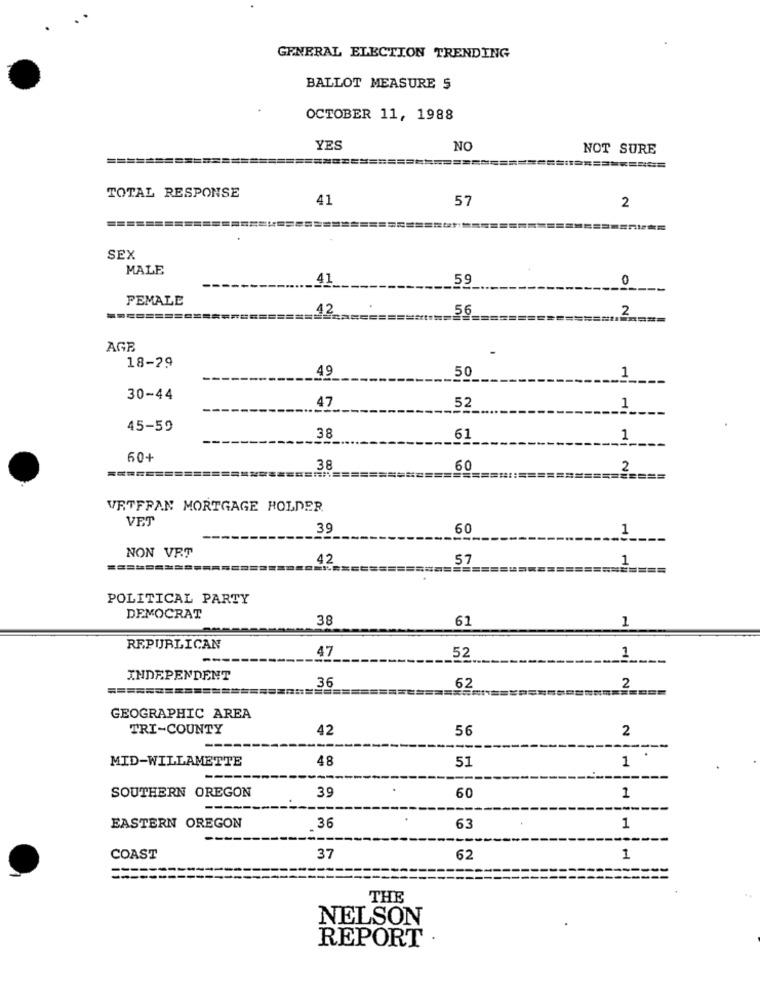
GENERAL ELECTION TRENDING
BALLOT MEASURE 5
OCTOBER 11, 1988
YES
NO
NOT SURE
=======
====
TOTAL RESPONSE
41
57
2
SEX
MALE
41
59
0
FEMALE
12
56
2
=====
AGB
18-29
49
50
1
30-44
47
52
1
45-59
38
61
1
60+
======
38
60
2
====
==============
VETFFAN MORTGAGE HOLDER
VET
39
60
1
NON VRT
42
57
1
POLITICAL PARTY
DEMOCRAT
38
61
1
REPUBLICAN
47
52
1
INDEPENDENT
2
===========
36
62
GEOGRAPHIC AREA
TRI-COUNTY
42
56
2
MID-WILLAMETTE
48
51
1
SOUTHERN OREGON
39
60
1
EASTERN OREGON
36
63
1
---
COAST
37
62
1
THE
NELSON
REPORT